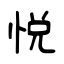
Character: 悅